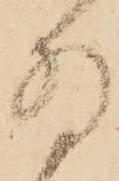
為